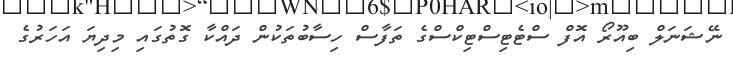
ނޭޝަނަލް ބިއޫރޯ އޮފް ސްޓެޓިސްޓިކްސްގެ ތަފާސް ހިސާބުތަކުން ދައްކާ ގޮތުގައި މިދިޔަ އަހަރުގެ